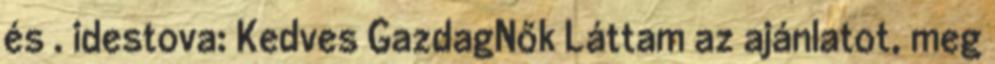
és . idestova: Kedves GazdagNők Láttam az ajánlatot, meg